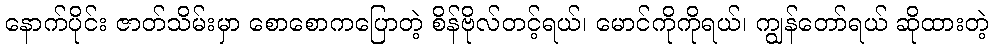
နောက်ပိုင်း ဇာတ်သိမ်းမှာ စောစောကပြောတဲ့ စိန်ဗိုလ်တင့်ရယ်၊ မောင်ကိုကိုရယ်၊ ကျွန်တော်ရယ် ဆိုထားတဲ့